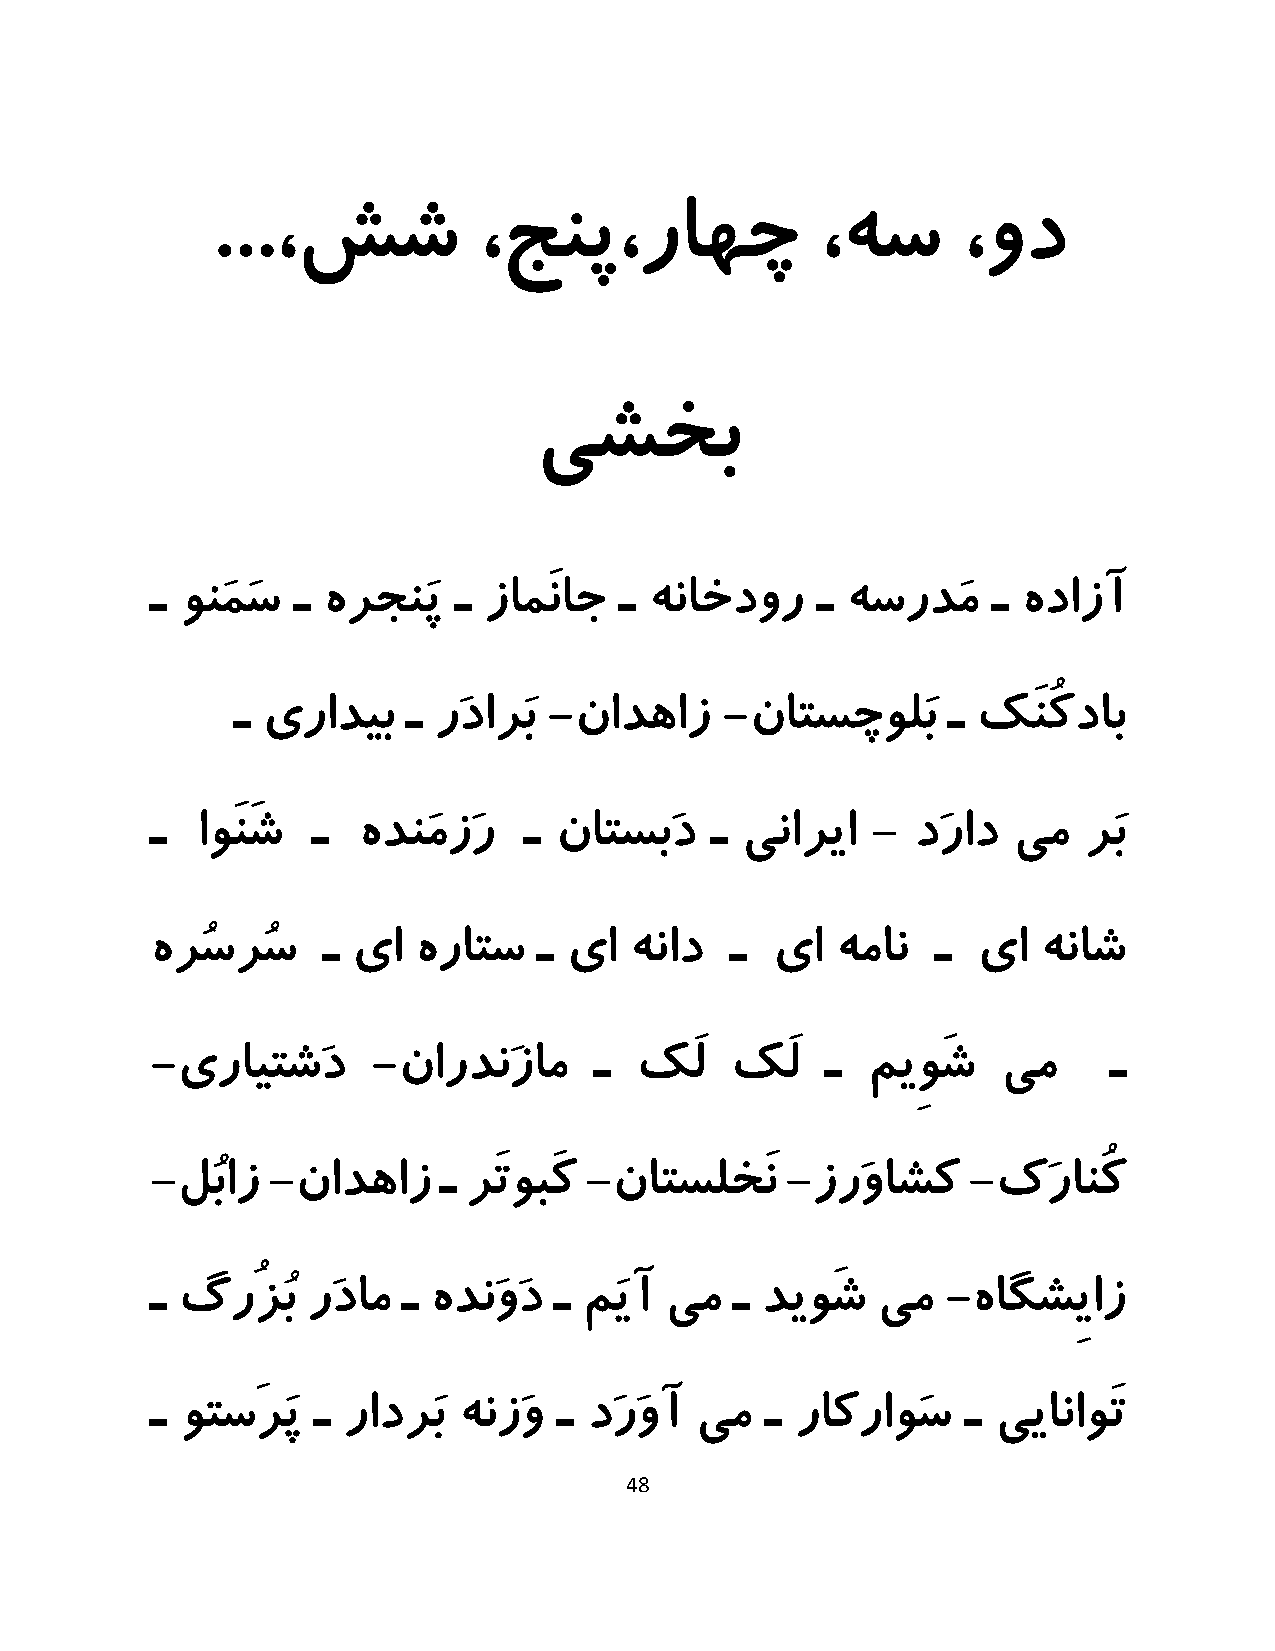
...،شش            ،جنپ،راهچ             ،هس       ،ود
 یشخب
 ـ ونَمَس ـ هرجنَپ   ـ زامَناج  ـ هناخدور    ـ هسردَم    ـ هدازآ
 ـ یرادیب   ـ رَدارَب -نادهاز    -ناتسچولَب     ـ کَنُکداب
 ـ  اوَنَش  ـ  هدنَمزَر   ـ ناتسبَد   ـ یناریا   - دَراد  یم   رَب
 هرُسرُس    ـ یا  هراتس    ـ یا  هناد  ـ  یا  همان   ـ  یا  هناش
 -یرایتشَد      -ناردنَزام    ـ  کَل   کَل    ـ میِوَش   یم     ـ
 -لُباز  -نادهاز    ـ رَتوبَک -ناتسلخَن    -زرَواشک    -کَرانُک
 ـ گرُزُب  رَدام  ـ هدنَوَد ـ مَیآ یم   ـ دیوَش  یم   -هاگشِیاز
 ـ وتسَرَپ  ـ رادرَب هنزَو  ـ دَرَوآ یم   ـ راکراوَس   ـ ییاناوَت
 48